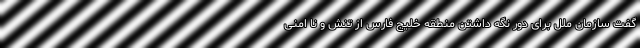
گفت سازمان ملل برای دور نگه داشتن منطقه خلیج فارس از تنش و نا امنی